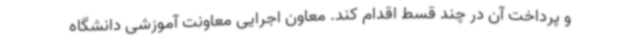
و پرداخت آن در چند قسط اقدام کند. معاون اجرایی معاونت آموزشی دانشگاه